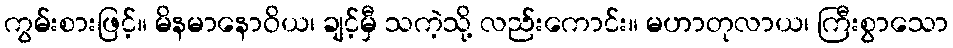
ကွမ်းစားဖြင့်။ မိနမာနောဝိယ၊ ချင့်မှီ သကဲ့သို့ လည်းကောင်း။ မဟာတုလာယ၊ ကြီးစွာသော